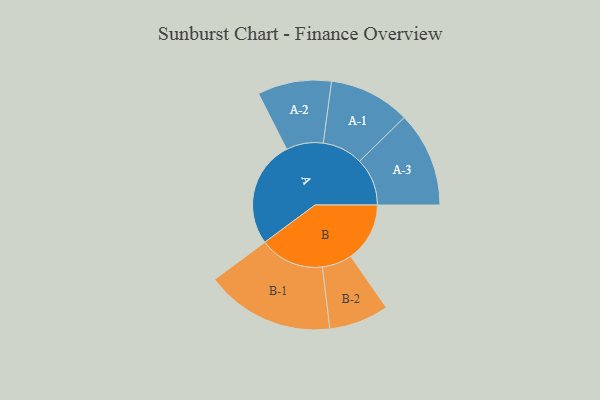
{"axis": {"x": "Segment", "y": "Value"}, "legend": ["", "A", "B"], "data": [{"x": "A", "y": 410, "type": ""}, {"x": "B", "y": 227, "type": ""}, {"x": "A-1", "y": 156, "type": "A"}, {"x": "A-2", "y": 142, "type": "A"}, {"x": "A-3", "y": 183, "type": "A"}, {"x": "B-1", "y": 248, "type": "B"}, {"x": "B-2", "y": 115, "type": "B"}]}